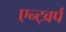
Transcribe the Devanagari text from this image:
एन्ट्वर्प